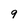
Character: 9